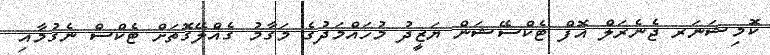
ކޮމިޝަނަރ ޖެނެރަލް އޮފް ޓެކްސޭޝަން ޔަޒީދު މުހައްމަދުގެ މަގާމު ގެއްލޭގޮތަށް ޓެކްސް ނެގުމާއި